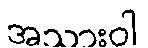
အသားဝါ